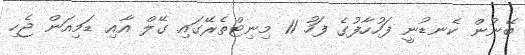
ބޭނުން ކެނޑުނީ ފަހުހާފުގެ ފަހު 11 މިނިޓްތެރޭގައި ގޭލް އާއި ޑަމިއަން ޖެހި